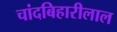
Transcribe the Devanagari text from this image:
चांदबिहारीलाल